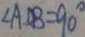
\angle A D B = 9 0 ^ { \circ }